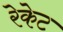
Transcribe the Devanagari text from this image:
रेकेट